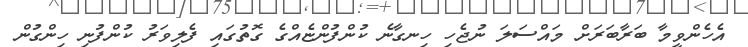
އެހެންވީމާ ބަރާބަރަށް މައްސަލަ ނުޖެހި ހިނގާނެ ކުންފުންޏެއްގެ ގޮތުގައި ފެލިވަރު ކުންފުނި ހިންގުން